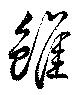
雖